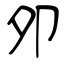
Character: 夘